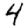
Digit: 4